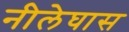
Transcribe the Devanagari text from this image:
नीलेघास